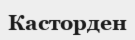
Касторден